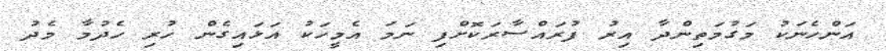
އަންހެނަކު މަގުމަތިންދާ އިރު ފުރައްސާރަކޮށްފި ނަމަ އެމީހަކު އަޅައިގެން ހުރި ހެދުމާ މެދު